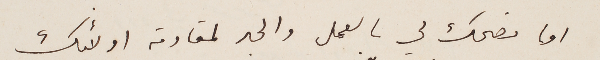
اما نصحك لي بالعمل والجد لمقاومة اولائك